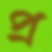
প্র